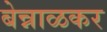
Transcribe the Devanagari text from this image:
बेन्नाळकर